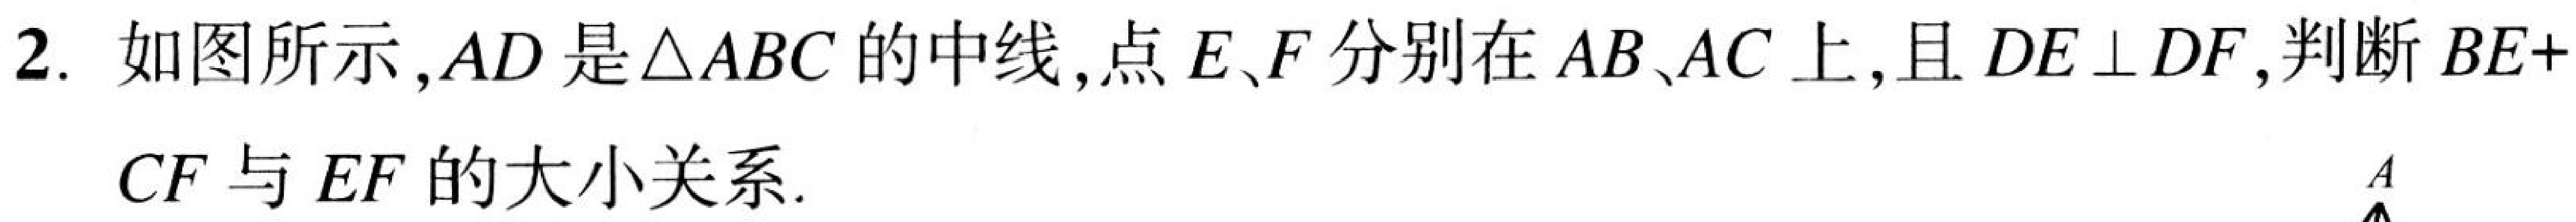
2. 如图所示,$AD$是$\triangle ABC$的中线,点$E、F$分别在$AB、AC$上,且$DE\perp DF$,判断$BE + CF$与$EF$的大小关系.